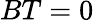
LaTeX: BT=0